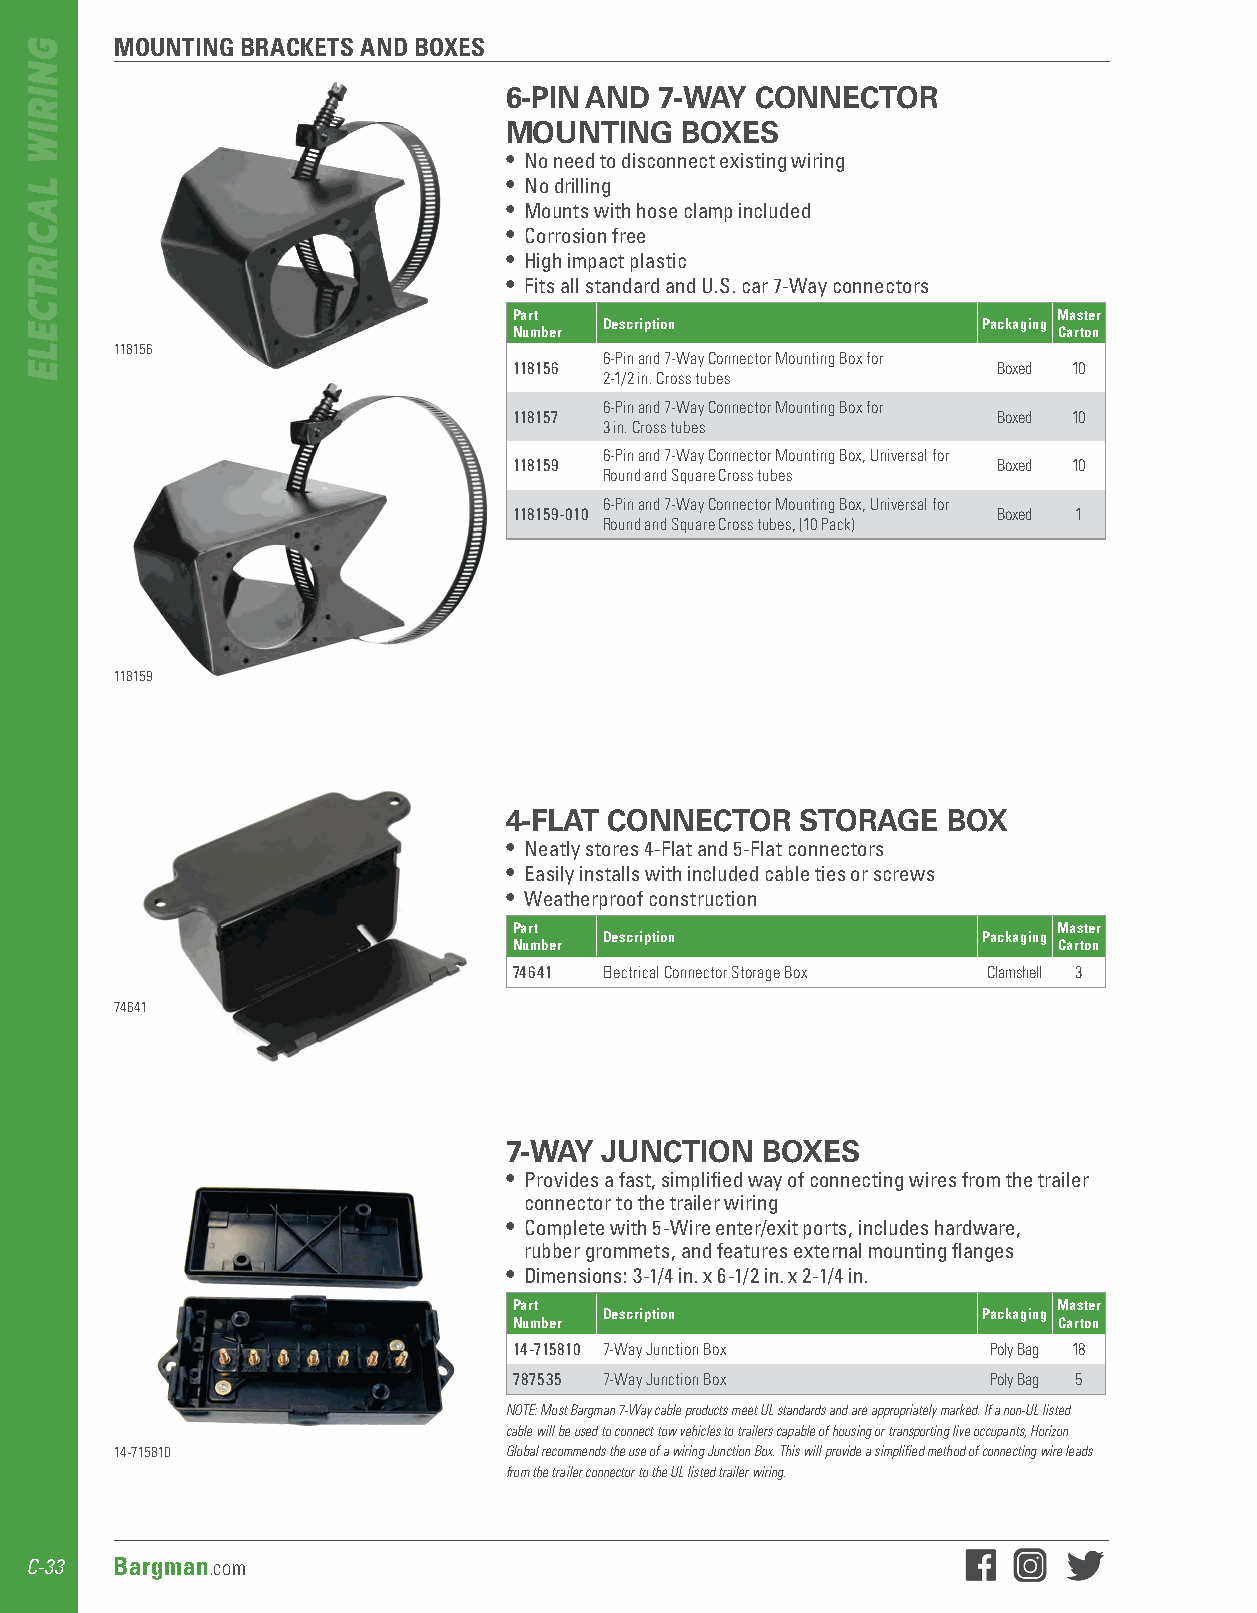
MOUNTING BRACKETS AND BOXES
 6-PIN AND  7-WAY CONNECTOR
 MOUNTING    BOXES
 • No need to disconnect existing wiring
 • No drilling
 • Mounts with hose clamp included
 • Corrosion free
 • High impact plastic
 • Fits all standard and U .S . car 7-Way connectors
 Part                                Master
 Description              Packaging
 Number                              Carton
 118156
 6-Pin and 7-Way Connector Mounting Box for
 118156                          Boxed 10
 2-1/2 in. Cross tubes
 6-Pin and 7-Way Connector Mounting Box for
 118157                          Boxed 10
 3 in. Cross tubes
 6-Pin and 7-Way Connector Mounting Box, Universal for
 118159                          Boxed 10
 Round and Square Cross tubes
 6-Pin and 7-Way Connector Mounting Box, Universal for
 118159-010                      Boxed 1
 Round and Square Cross tubes, (10 Pack)
 118159
 4-FLAT CONNECTOR    STORAGE   BOX
 • Neatly stores 4-Flat and 5-Flat connectors
 • Easily installs with included cable ties or screws
 • Weatherproof construction
 Part                                Master
 Description              Packaging
 Number                              Carton
 74641 Electrical Connector Storage Box Clamshell 3
 74641
 7-WAY  JUNCTION  BOXES
 • Provides a fast, simplified way of connecting wires from the trailer
 connector to the trailer wiring
 • Complete with 5-Wire enter/exit ports, includes hardware,
 rubber grommets, and features external mounting flanges
 • Dimensions: 3-1/4 in . x 6-1/2 in . x 2-1/4 in .
 Part                                Master
 Description              Packaging
 Number                              Carton
 14-715810 7-Way Junction Box    Poly Bag 18
 787535 7-Way Junction Box       Poly Bag 5
 NOTE: Most Bargman 7-Way cable products meet UL standards and are appropriately marked. If a non-UL listed
 cable will be used to connect tow vehicles to trailers capable of housing or transporting live occupants, Horizon
 14-715810                Global recommends the use of a wiring Junction Box. This will provide a simplified method of connecting wire leads
 from the trailer connector to the UL listed trailer wiring.
 C-33 Bargman.com
 GNIRIW
 LACIRTCELE